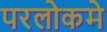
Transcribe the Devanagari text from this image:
परलोकमे